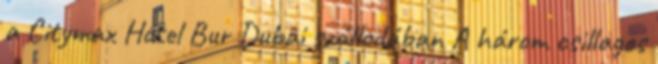
a Citymax Hotel Bur Dubai szállodában A három csillagos